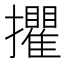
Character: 㩴